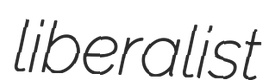
liberalist